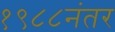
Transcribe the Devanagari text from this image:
१९८८नंतर